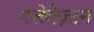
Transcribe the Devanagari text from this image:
गलेवेज़्टन